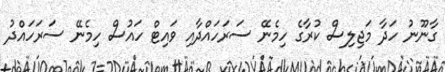
ގާނޫނު ހަދާ މަޖިލިސް ކުރާގެ ހިމެނޭ ސަރަހައްދާއި ވައިޓް ހައުސް ހިމެނޭ ސަރަހައްދު